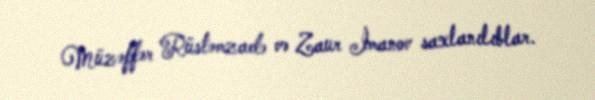
Müzəffər Rüstəmzadə və Zaur İmanov saxlanılıblar.